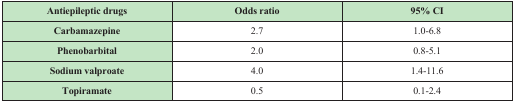
<table><thead><tr><td><b>Antiepileptic drugs</b></td><td><b>Odds ratio</b></td><td><b>95% CI</b></td></tr></thead><tbody><tr><td><b>Carbamazepine</b></td><td>2.7</td><td>1.0-6.8</td></tr><tr><td><b>Phenobarbital</b></td><td>2.0</td><td>0.8-5.1</td></tr><tr><td><b>Sodium valproate</b></td><td>4.0</td><td>1.4-11.6</td></tr><tr><td><b>Topiramate</b></td><td>0.5</td><td>0.1-2.4</td></tr></tbody></table>